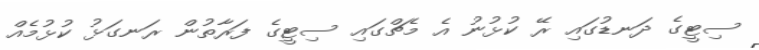
ސިޓީގެ ދަނޑުގައި ރޭ ކުޅުނު އެ މެޗްގައި ސިޓީގެ ފަރާތުން ރަނގަޅު ކުޅުމެއް